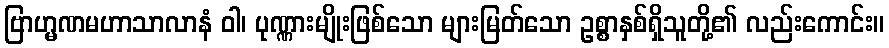
ဗြာဟ္မဏမဟာသာလာနံ ဝါ၊ ပုဏ္ဏားမျိုးဖြစ်သော များမြတ်သော ဥစ္စာနှစ်ရှိသူတို့၏ လည်းကောင်း။